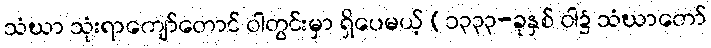
သံဃာ သုံးရာကျော်တောင် ဝါတွင်းမှာ ရှိပေမယ့် (၁၃၃၃-ခုနှစ် ဝါ၌ သံဃာတော်